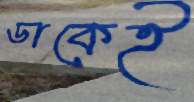
ডাকেই